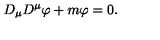
D _ { \mu } D ^ { \mu } \varphi + m \varphi = 0 .